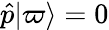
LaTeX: {\hat{p}}|\varpi\rangle=0